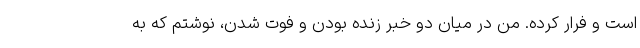
است و فرار کرده. من در میان دو خبر زنده بودن و فوت شدن، نوشتم که به